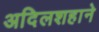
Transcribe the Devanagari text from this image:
अदिलशहाने